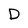
Character: D